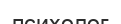
психолог